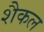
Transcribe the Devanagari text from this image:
शैकल